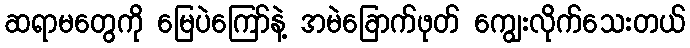
ဆရာမတွေကို မြေပဲကြော်နဲ့ အမဲခြောက်ဖုတ် ကျွေးလိုက်သေးတယ်